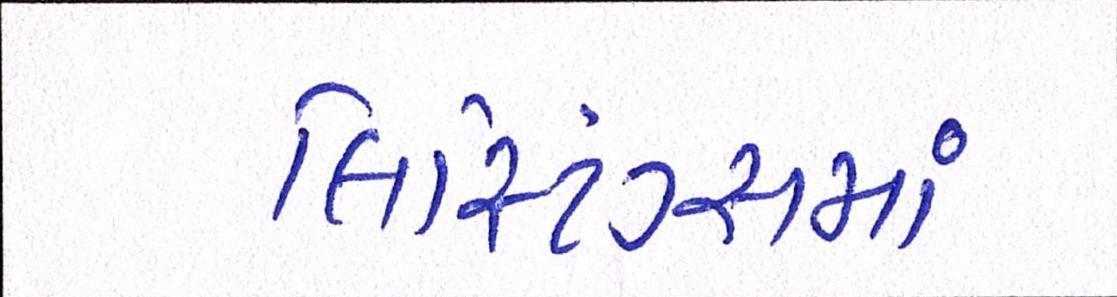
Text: લિસ્ટિંગ્સમાં